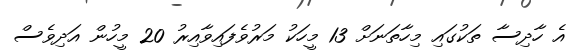
އެ ހާދިސާ ތަކުގައި މިހާތަނަށް 13 މީހަކު މަރުވެފައިވާއިރު 20 މީހުން އަދިވެސް